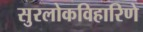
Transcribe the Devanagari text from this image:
सुरलोकविहारिणे